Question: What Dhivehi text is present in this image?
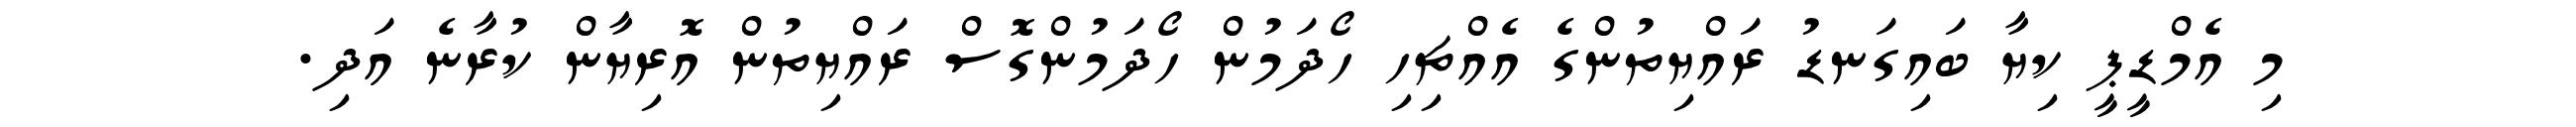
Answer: މި އެމްޑީޕީ ކިޔާ ބައިގަނޑު ރައްޔިތުންގެ އެއްޗިހި ހޯދަމުން ހޯދަމުންގޮސް ރައްޔިތުން އޮރިޔާން ކުރާނެ އަދި.